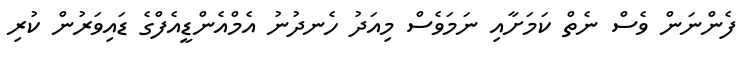
ފެންނަން ވެސް ނެތް ކަމަށާއި ނަމަވެސް މިއަދު ހެނދުނު އެމްއެންޑީއެފްގެ ޑައިވަރުން ކުރި